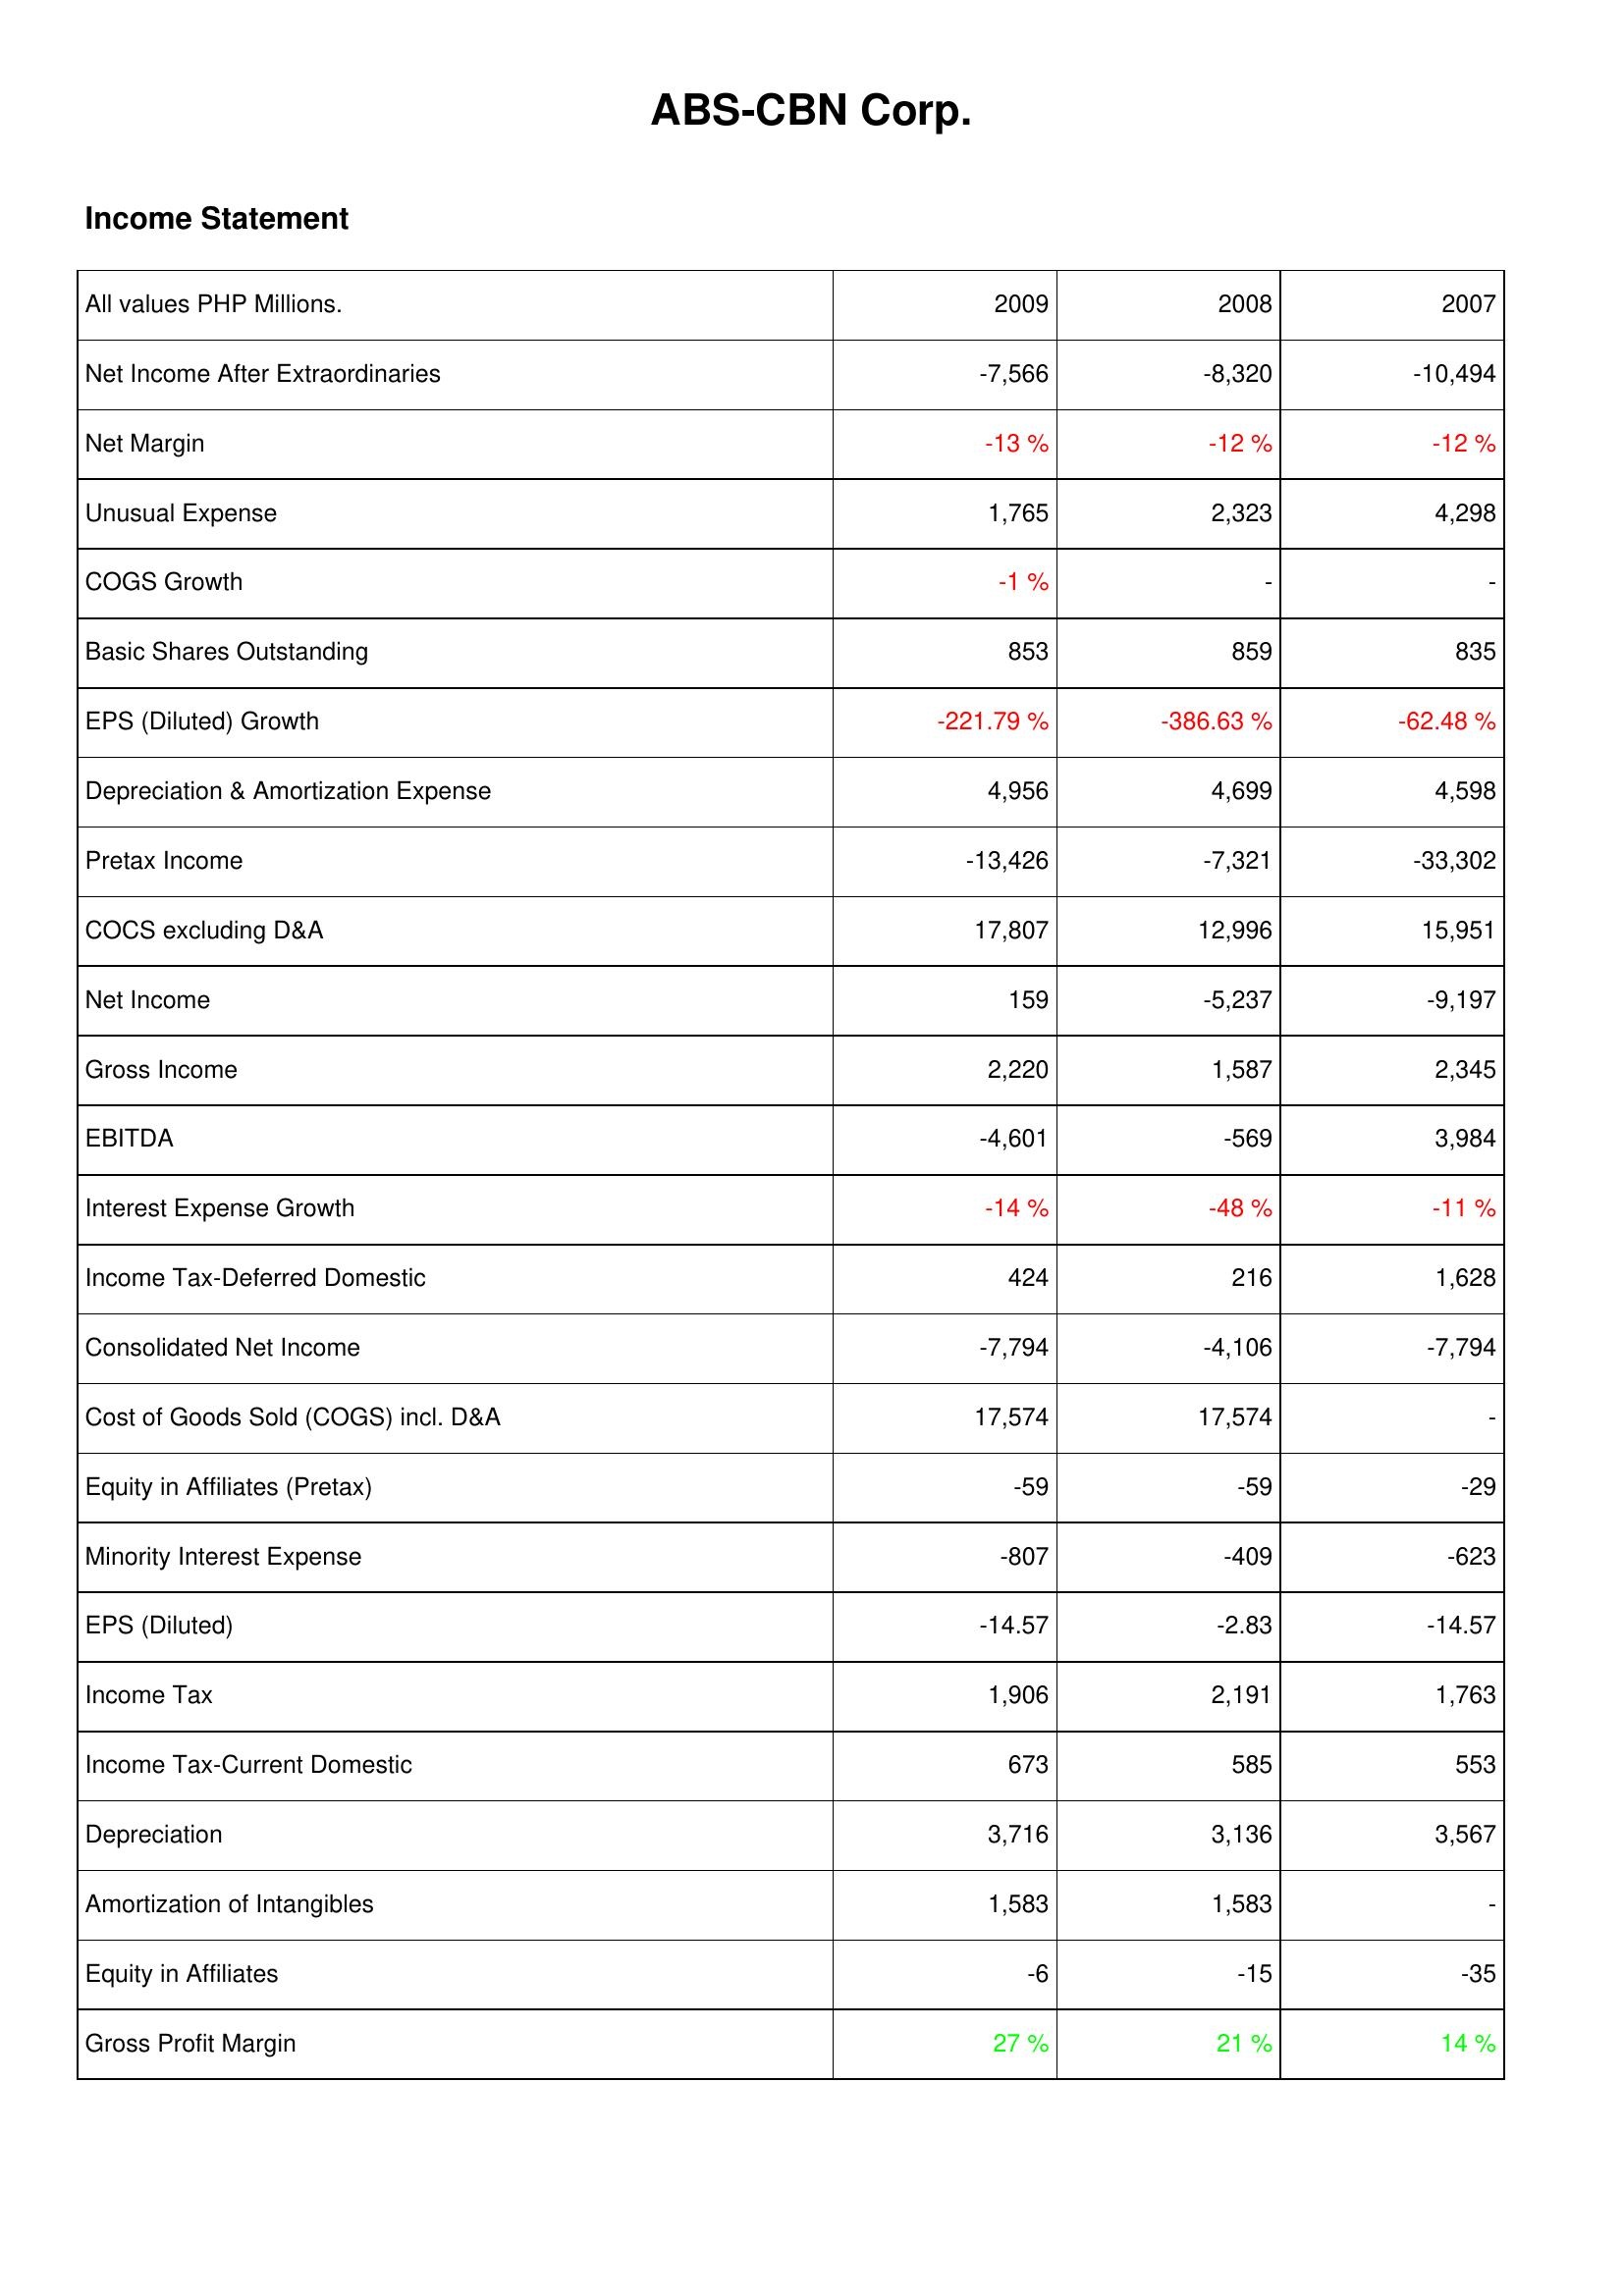
2009: Income Statement: Net Income After Extraordinaries: -7,566
Net Margin: -13 %
Unusual Expense: 1,765
COGS Growth: -1 %
Basic Shares Outstanding: 853
EPS (Diluted) Growth: -221.79 %
Depreciation & Amortization Expense: 4,956
Pretax Income: -13,426
COCS excluding D&A: 17,807
Net Income: 159
Gross Income: 2,220
EBITDA: -4,601
Interest Expense Growth: -14 %
Income Tax-Deferred Domestic: 424
Consolidated Net Income: -7,794
Cost of Goods Sold (COGS) incl. D&A: 17,574
Equity in Affiliates (Pretax): -59
Minority Interest Expense: -807
EPS (Diluted): -14.57
Income Tax: 1,906
Income Tax-Current Domestic: 673
Depreciation: 3,716
Amortization of Intangibles: 1,583
Equity in Affiliates: -6
Gross Profit Margin: 27 %
2008: Income Statement: Net Income After Extraordinaries: -8,320
Net Margin: -12 %
Unusual Expense: 2,323
COGS Growth: -
Basic Shares Outstanding: 859
EPS (Diluted) Growth: -386.63 %
Depreciation & Amortization Expense: 4,699
Pretax Income: -7,321
COCS excluding D&A: 12,996
Net Income: -5,237
Gross Income: 1,587
EBITDA: -569
Interest Expense Growth: -48 %
Income Tax-Deferred Domestic: 216
Consolidated Net Income: -4,106
Cost of Goods Sold (COGS) incl. D&A: 17,574
Equity in Affiliates (Pretax): -59
Minority Interest Expense: -409
EPS (Diluted): -2.83
Income Tax: 2,191
Income Tax-Current Domestic: 585
Depreciation: 3,136
Amortization of Intangibles: 1,583
Equity in Affiliates: -15
Gross Profit Margin: 21 %
2007: Income Statement: Net Income After Extraordinaries: -10,494
Net Margin: -12 %
Unusual Expense: 4,298
COGS Growth: -
Basic Shares Outstanding: 835
EPS (Diluted) Growth: -62.48 %
Depreciation & Amortization Expense: 4,598
Pretax Income: -33,302
COCS excluding D&A: 15,951
Net Income: -9,197
Gross Income: 2,345
EBITDA: 3,984
Interest Expense Growth: -11 %
Income Tax-Deferred Domestic: 1,628
Consolidated Net Income: -7,794
Cost of Goods Sold (COGS) incl. D&A: -
Equity in Affiliates (Pretax): -29
Minority Interest Expense: -623
EPS (Diluted): -14.57
Income Tax: 1,763
Income Tax-Current Domestic: 553
Depreciation: 3,567
Amortization of Intangibles: -
Equity in Affiliates: -35
Gross Profit Margin: 14 %